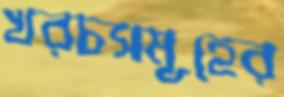
খরচসমূহের